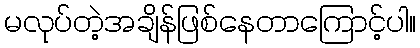
မလုပ်တဲ့အချိန်ဖြစ်နေတာကြောင့်ပါ။